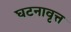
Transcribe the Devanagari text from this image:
घटनावृत्त